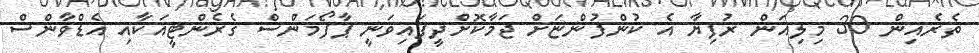
ތެރެއިން 30 މިލިއަން ރުފިޔާ އެ ކުންފުންޏަށް ޖަމާކޮށްދީފައިވަނީ ޕާފޯމަންސް ގެރެންޓީއަކާއި އެޑްވާންސް